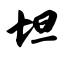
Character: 坦